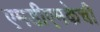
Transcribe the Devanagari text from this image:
एमडीएमकेची